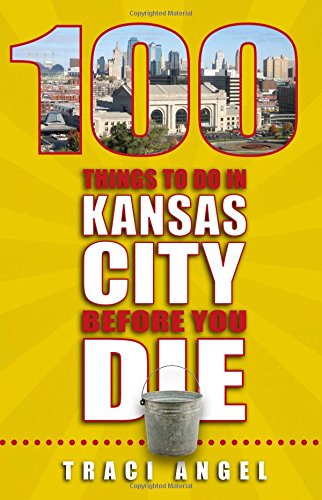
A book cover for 100 Things to Do in Kansas City Before You Die; Traci Angel; Travel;